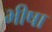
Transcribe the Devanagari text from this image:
भीषा